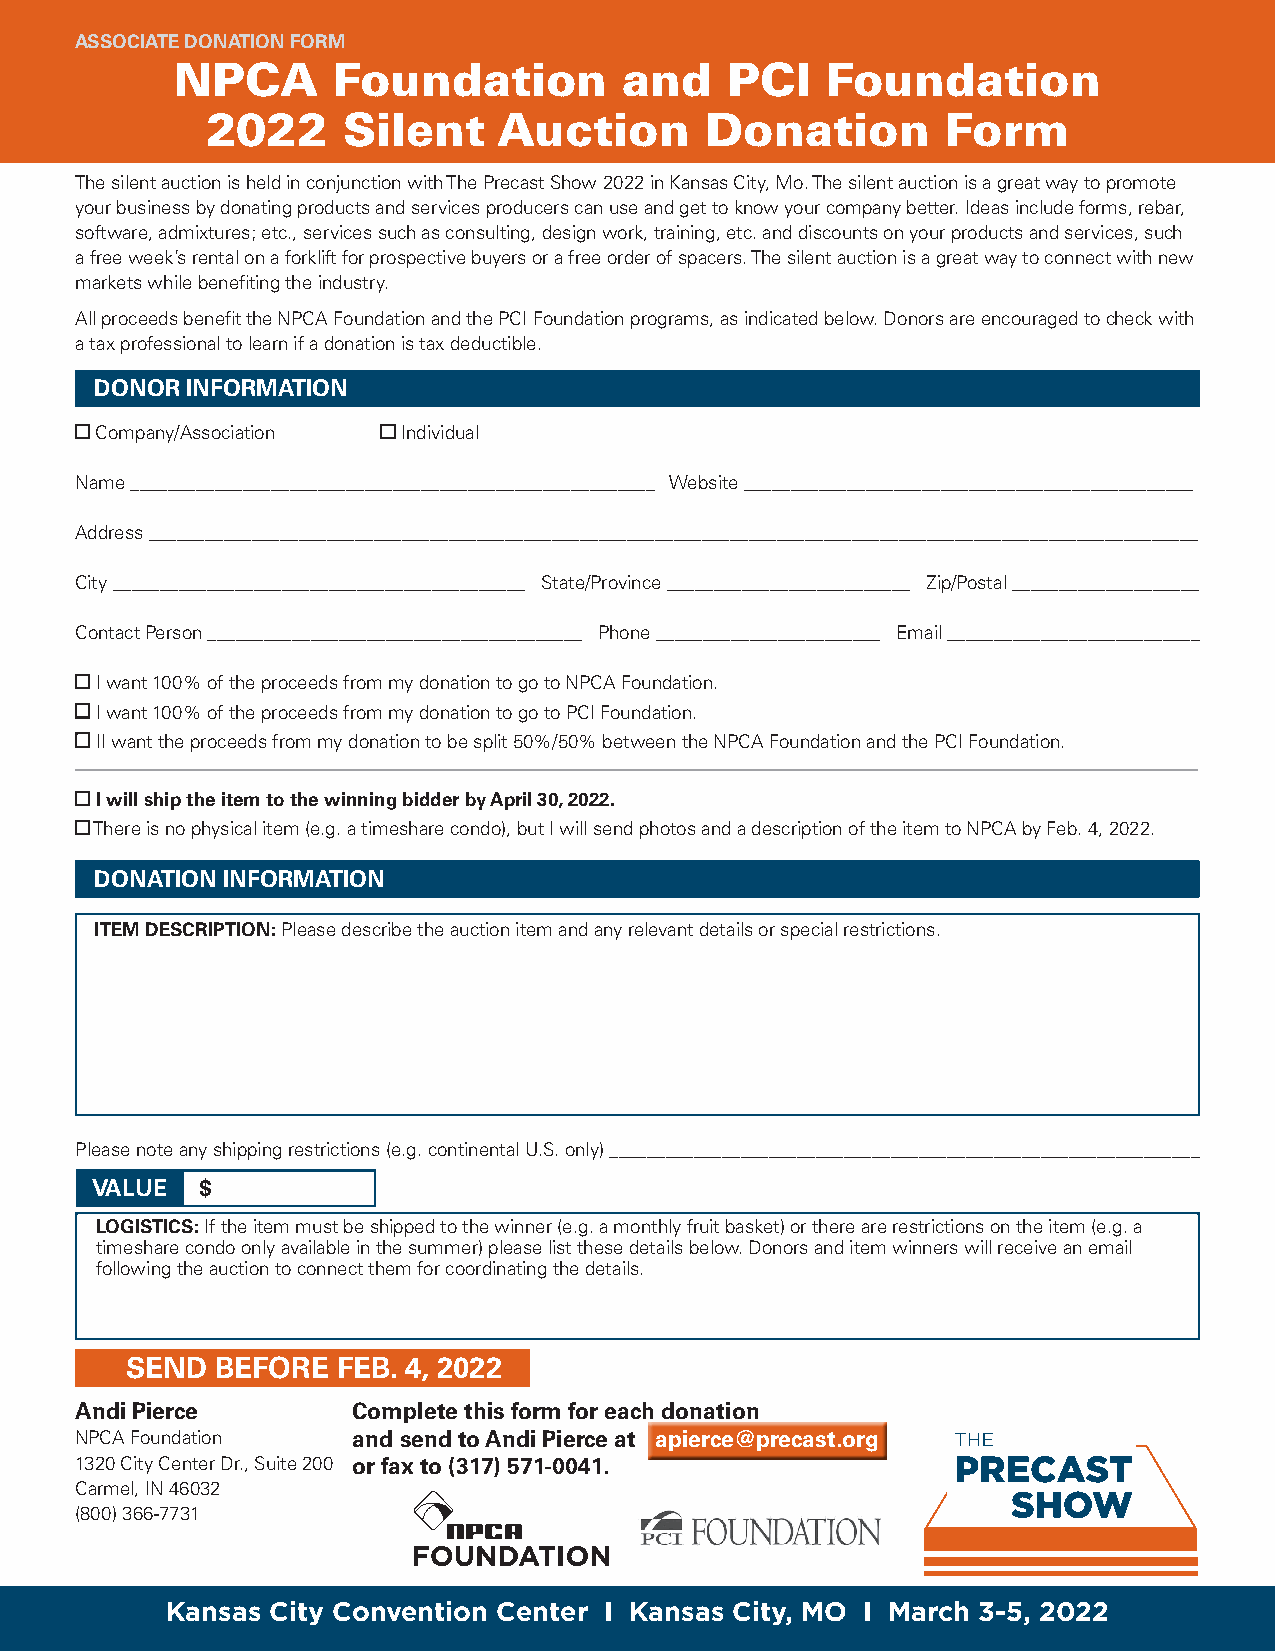
ASSOCIATE DONATION FORM
 NPCA      Foundation         and    PCI    Foundation
 2022     Silent    Auction       Donation        Form
 The silent auction is held in conjunction with The Precast Show 2022 in Kansas City, Mo. The silent auction is a great way to promote
 your business by donating products and services producers can use and get to know your company better. Ideas include forms, rebar,
 software, admixtures; etc., services such as consulting, design work, training, etc. and discounts on your products and services, such
 a free week’s rental on a forklift for prospective buyers or a free order of spacers. The silent auction is a great way to connect with new
 markets while benefiting the industry.
 All proceeds benefit the NPCA Foundation and the PCI Foundation programs, as indicated below. Donors are encouraged to check with
 a tax professional to learn if a donation is tax deductible.
 DONOR INFORMATION
 Company/Association  Individual
 Name ________________________________________________________ Website ________________________________________________
 Address ________________________________________________________________________________________________________________
 City ____________________________________________ State/Province __________________________ Zip/Postal ____________________
 Contact Person ________________________________________ Phone ________________________ Email ___________________________
 I want 100% of the proceeds from my donation to go to NPCA Foundation.
 I want 100% of the proceeds from my donation to go to PCI Foundation.
 II want the proceeds from my donation to be split 50%/50% between the NPCA Foundation and the PCI Foundation.
 I will ship the item to the winning bidder by April 30, 2022.
 There is no physical item (e.g. a timeshare condo), but I will send photos and a description of the item to NPCA by Feb. 4, 2022.
 DONATION INFORMATION
 ITEM DESCRIPTION: Please describe the auction item and any relevant details or special restrictions.
 Please note any shipping restrictions (e.g. continental U.S. only) _______________________________________________________________
 VALUE  $
 LOGISTICS: If the item must be shipped to the winner (e.g. a monthly fruit basket) or there are restrictions on the item (e.g. a
 timeshare condo only available in the summer) please list these details below. Donors and item winners will receive an email
 following the auction to connect them for coordinating the details.
 SEND  BEFORE  FEB. 4, 2022
 Andi Pierce       Complete this form for each donation
 NPCA Foundation   and send to Andi Pierce at apierce@precast.org
 1320 City Center Dr., Suite 200 or fax to (317) 571-0041.
 Carmel, IN 46032
 (800) 366-7731
 Kansas City Convention Center I Kansas City, MO I March 3-5, 2022